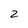
Character: 2